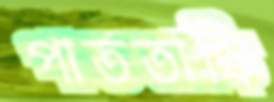
পাততাড়ি